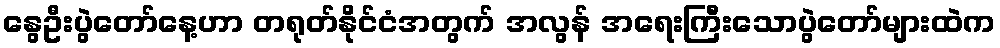
နွေဦးပွဲတော်နေ့ဟာ တရုတ်နိုင်ငံအတွက် အလွန် အရေးကြီးသောပွဲတော်များထဲက